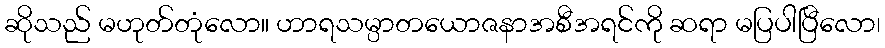
ဆိုသည် မဟုတ်တုံလော။ ဟာရသမ္ပာတယောဇနာအစီအရင်ကို ဆရာ မပြပါပြီလော၊